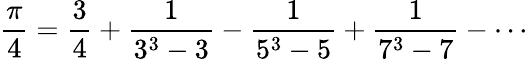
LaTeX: {\frac{\pi}{4}}={\frac{3}{4}}+{\frac{1}{3^{3}-3}}-{\frac{1}{5^{3}-5}}+{\frac{1}{7^{3}-7}}-\cdots